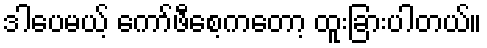
ဒါပေမယ့် ကော်ဖီစေ့ကတော့ ထူးခြားပါတယ်။